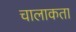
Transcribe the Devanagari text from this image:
चालाकता